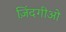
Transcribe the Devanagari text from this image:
ज़िंदगीओ